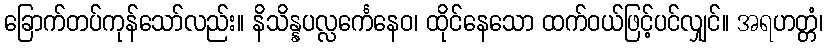
ခြောက်တပ်ကုန်သော်လည်း။ နိသိန္နပလ္လင်္ကေနေဝ၊ ထိုင်နေသော ထက်ဝယ်ဖြင့်ပင်လျှင်။ အရဟတ္တံ၊